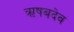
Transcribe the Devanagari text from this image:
ऋषबदेव